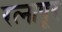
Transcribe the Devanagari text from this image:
रत्‍नापूर